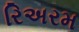
રિઅરમ